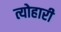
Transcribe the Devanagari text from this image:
त्योहारी